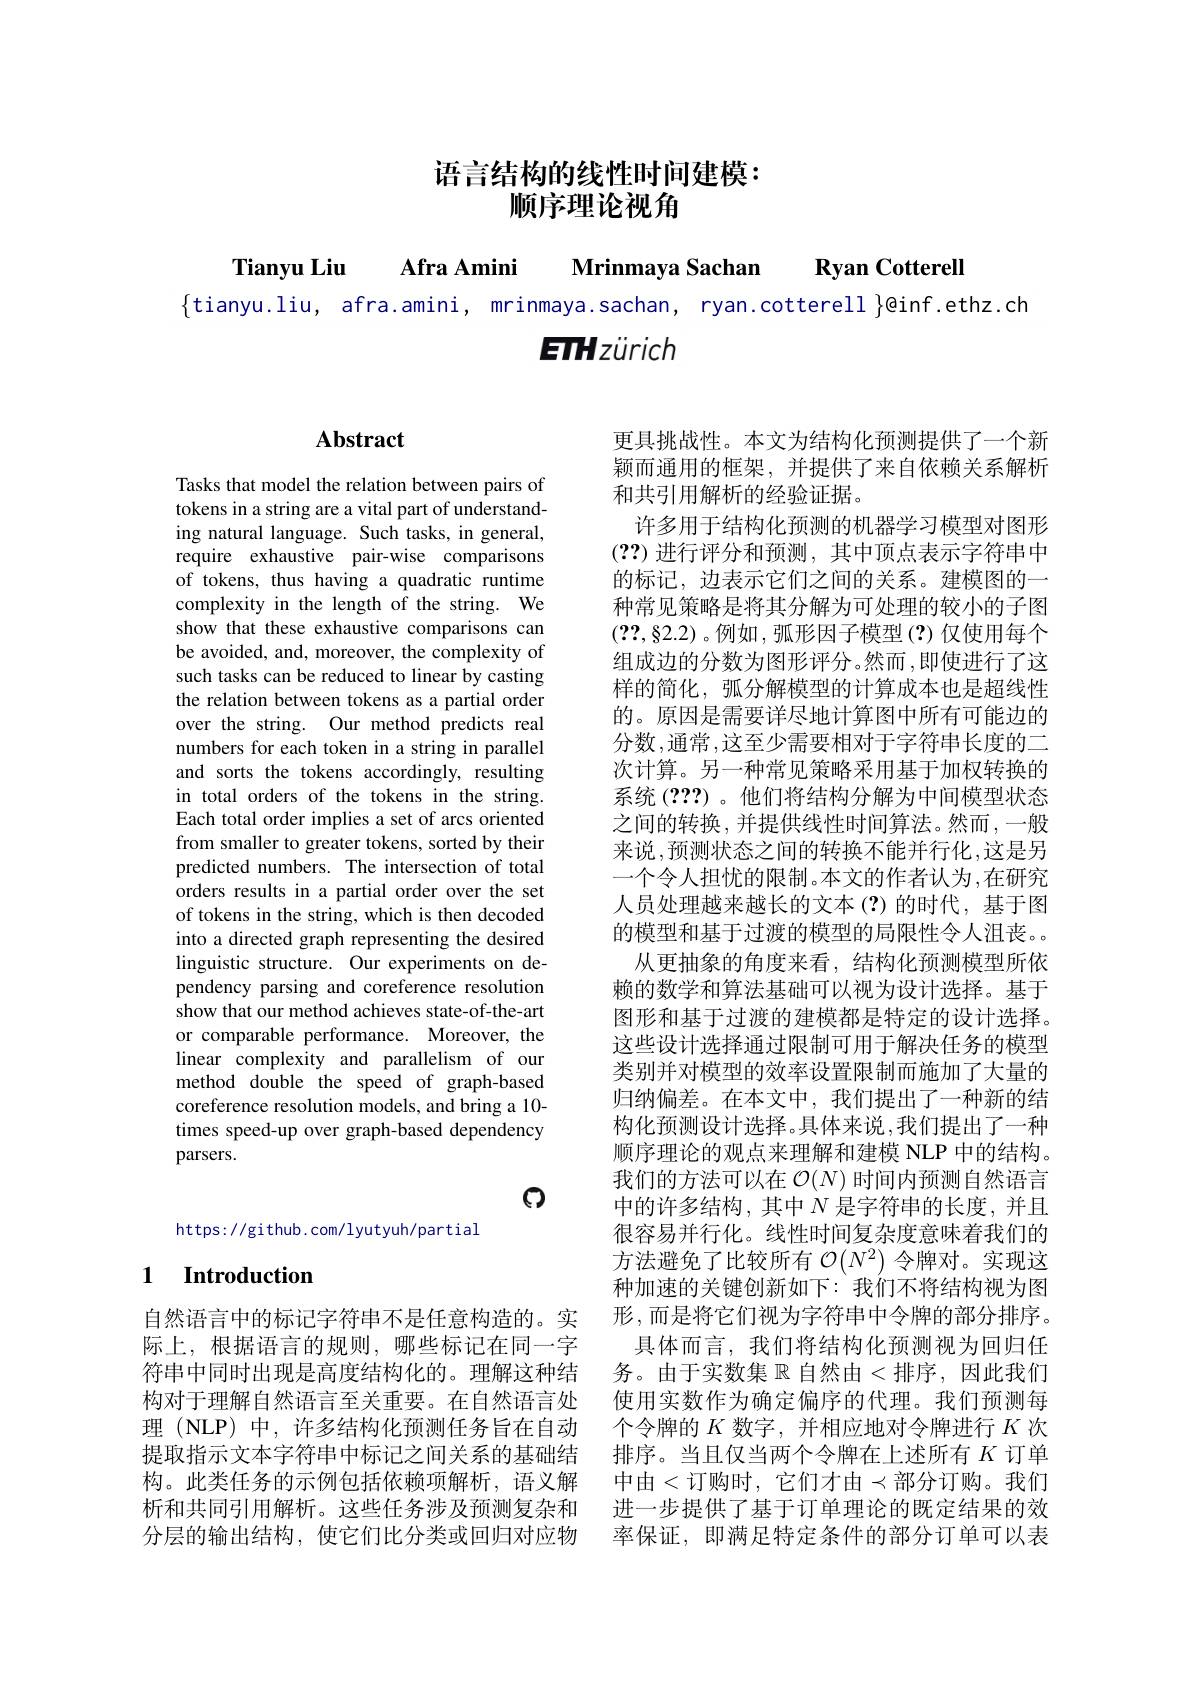
语言结构的线性时间建模：
# 顺序理论视角

Tianyu Liu Afra Amini Mrinmaya Sachan Ryan Cotterell
$\{$tianyu.liu, afra.amini, mrinmaya.sachan, ryan.cotterell $\}$@inf.ethz.ch
$$\text{ETHzürich}$$
# Abstract

Tasks that model the relation between pairs of tokens in a string are a vital part of understanding natural language. Such tasks, in general, require exhaustive pair-wise comparisons of tokens, thus having a quadratic runtime complexity in the length of the string. We show that these exhaustive comparisons can be avoided, and, moreover, the complexity of such tasks can be reduced to linear by casting the relation between tokens as a partial order over the string. Our method predicts real numbers for each token in a string in parallel and sorts the tokens accordingly, resulting in total orders of the tokens in the string. Each total order implies a set of arcs oriented from smaller to greater tokens, sorted by their predicted numbers. The intersection of total orders results in a partial order over the set of tokens in the string, which is then decoded into a directed graph representing the desired linguistic structure. Our experiments on dependency parsing and coreference resolution show that our method achieves state-of-the-art or comparable performance. Moreover, the linear complexity and parallelism of our method double the speed of graph-based coreference resolution models, and bring a 10- times speed-up over graph-based dependency parsers.

$\textcircled{1}$

https://github.com/lyutyuh/partial

## 1 Introduction

自然语言中的标记字符串不是任意构造的。实际上，根据语言的规则，哪些标记在同一字符串中同时出现是高度结构化的。理解这种结构对于理解自然语言至关重要。在自然语言处理 (NLP) 中，许多结构化预测任务旨在自动提取指示文本字符串中标记之间关系的基础结构。此类任务的示例包括依赖项解析，语义解分层的输出结构，使它们比分类或回归对应物

更具挑战性。本文为结构化预测提供了一个新颖而通用的框架，并提供了来自依赖关系解析和共引用解析的经验证据。
许多用于结构化预测的机器学习模型对图形(??)进行评分和预测，其中顶点表示字符串中的标记，边表示它们之间的关系。建模图的一种常见策略是将其分解为可处理的较小的子图$(\mathbf{??},\S2.2)$。例如，弧形因子模型(?)仅使用每个组成边的分数为图形评分。然而 ,即使进行了这样的简化，弧分解模型的计算成本也是超线性的。原因是需要详尽地计算图中所有可能边的分数，通常，这至少需要相对于字符串长度的二次计算。另一种常见策略采用基于加权转换的系统 (2??) 。他们将结构分解为中间模型状态之间的转换，并提供线性时间算法。然而，一般来说，预测状态之间的转换不能并行化，这是另一个令人担忧的限制。本文的作者认为，在研究人员处理越来越长的文本(?)的时代，基于图的模型和基于过渡的模型的局限性令人沮丧。
从更抽象的角度来看，结构化预测模型所依赖的数学和算法基础可以视为设计选择。基于图形和基于过渡的建模都是特定的设计选择。这些设计选择通过限制可用于解决任务的模型类别并对模型的效率设置限制而施加了大量的归纳偏差。在本文中，我们提出了一种新的结构化预测设计选择。具体来说，我们提出了一种顺序理论的观点来理解和建模 NLP 中的结构。我们的方法可以在$\mathcal{O}(N)$时间内预测自然语言中的许多结构，其中$N$是字符串的长度，并且很容易并行化。线性时间复杂度意味着我们的方法避免了比较所有$\mathcal{O}(N^2)$令牌对。实现这种加速的关键创新如下：我们不将结构视为图形，而是将它们视为字符串中令牌的部分排序。
具体而言，我们将结构化预测视为回归任务。由于实数集 $\mathbb{R}$ 自然由<排序，因此我们使用实数作为确定偏序的代理。我们预测每个令牌的$K$数字，并相应地对令牌进行$K$次排序。当且仅当两个令牌在上述所有$K$订单中由<订购时，它们才由$\prec$部分订购。我们
析和共同引用解析。这些任务涉及预测复杂和 进一步提供了基于订单理论的既定结果的效
率保证，即满足特定条件的部分订单可以表